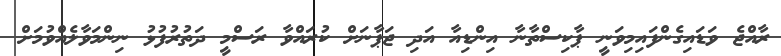
ރާއްޖެ ވަޑައިގެންފައިމިވަނީ ޕާކިސްތާނާ އިންޑިއާ އަދި ޖަޕާނަށް ކުރައްވާ ރަސްމީ ދަތުރުފުޅު ނިންމަވާލެއްވުމަށް